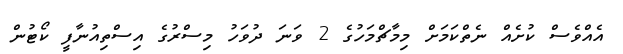
އެއްވެސް ކުށެއް ނެތްކަމަށް މިމާޗްމަހުގެ 2 ވަނަ ދުވަހު މިސްރުގެ އިސްތިއުނާފީ ކޯޓުން